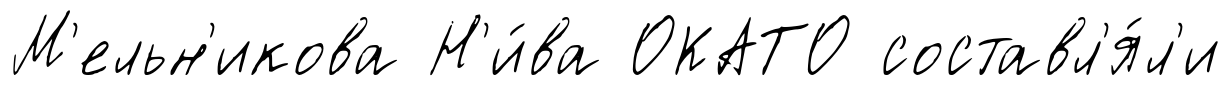
М'ельн'икова Н'и́ва ОКАТО составл'я́л'и